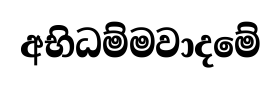
අභිධම්මවාදමේ